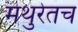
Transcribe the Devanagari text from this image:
मथुरेतच